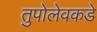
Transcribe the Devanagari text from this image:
तुपोलेवकडे